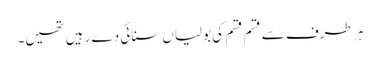
ہر طرف سے قسم قسم کی بولیاں سنائی دے رہیں تھیں۔